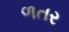
ળતર